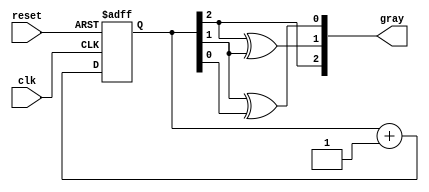
module gray_code_counter (
    input wire clk,          // Clock input
    input wire reset,        // Asynchronous reset
    output reg [2:0] gray    // 3-bit Gray code output
);

// Internal signals for binary representation
reg [2:0] binary; // 3-bit binary representation

// Function to convert binary to Gray code
function [2:0] binary_to_gray;
    input [2:0] binary_val;
    begin
        binary_to_gray[2] = binary_val[2]; // MSB remains the same
        binary_to_gray[1] = binary_val[2] ^ binary_val[1];
        binary_to_gray[0] = binary_val[1] ^ binary_val[0];
    end
endfunction

// Asynchronous reset and counting logic
always @(posedge clk or posedge reset) begin
    if (reset) begin
        binary <= 3'b000; // Reset to binary 0
    end else begin
        binary <= binary + 1; // Binary increment
    end
end

// Gray code output logic
always @(*) begin
    gray = binary_to_gray(binary); // Convert binary to Gray code
end

endmodule